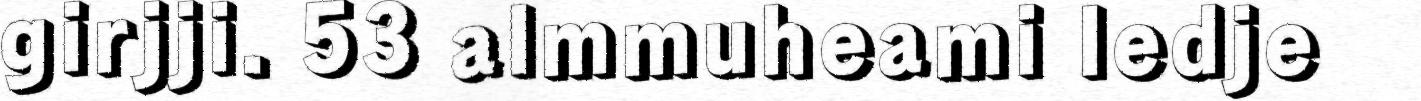
girjji. 53 almmuheami ledje